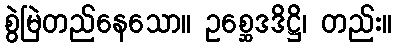
စွဲမြဲတည်နေသော။ ဥစ္ဆေဒဒိဋ္ဌိ၊ တည်း။